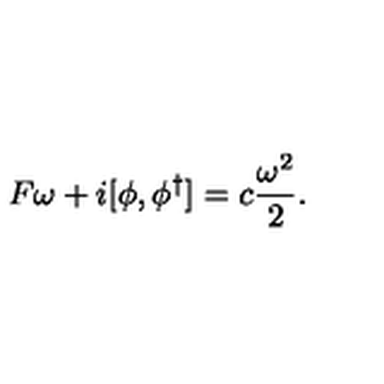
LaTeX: F \omega + i [ \phi , \phi ^ { \dagger } ] = c \frac { \omega ^ { 2 } } 2 .